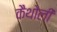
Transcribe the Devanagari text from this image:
कैथोली